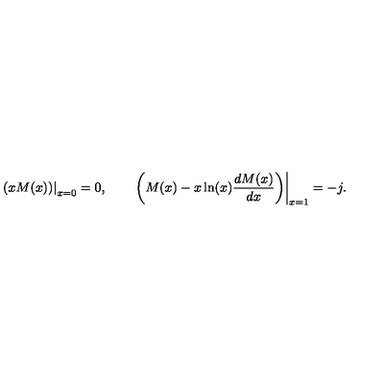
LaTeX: \left. \left( x M ( x ) \right) \right| _ { x = 0 } = 0 , \qquad \left. \left( M ( x ) - x \ln ( x ) \frac { d M ( x ) } { d x } \right) \right| _ { x = 1 } = - j .